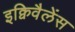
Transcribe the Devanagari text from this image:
इक्विवैलेंस